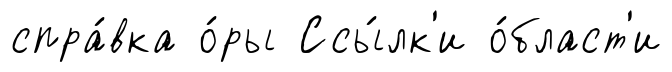
спра́вка о́ры Ссы́лк'и о́бласт'и